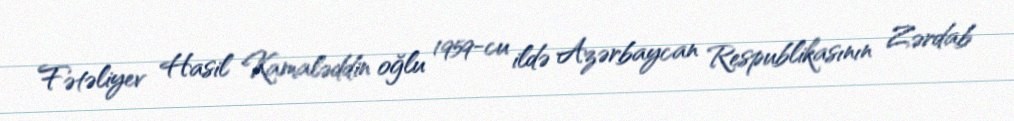
Fətəliyev Hasil Kamaləddin oğlu 1959-cu ildə Azərbaycan Respublikasının Zərdab